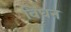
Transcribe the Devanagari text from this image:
विघन